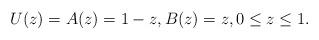
LaTeX: \begin{align*}U(z)=A(z)=1-z,B(z)=z, 0\leq z\leq 1.\end{align*}